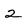
Character: 2